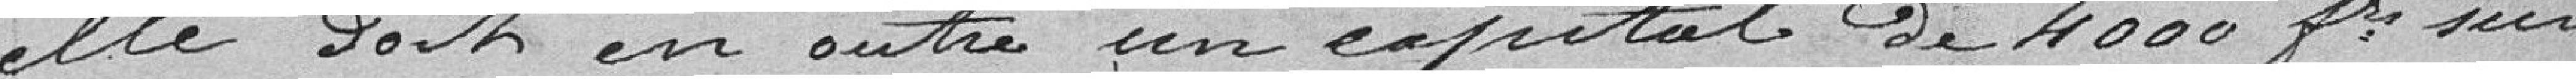
elle doit en outre un capital de 4000 frs sur